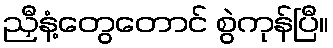
ညှီနံ့တွေတောင် စွဲကုန်ပြီ။